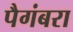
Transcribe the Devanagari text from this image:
पैगंबरा